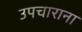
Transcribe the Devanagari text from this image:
उपचाराना